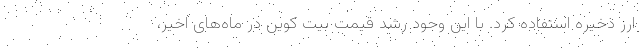
ارز ذخیره استفاده کرد. با این وجود رشد قیمت بیت کوین در ماه‌های اخیر،